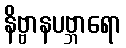
နိဗ္ဗာနပဗ္ဘာရော